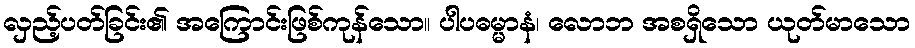
လှည့်ပတ်ခြင်း၏ အကြောင်းဖြစ်ကုန်သော။ ပါပဓမ္မာနံ၊ လောဘ အစရှိသော ယုတ်မာသော